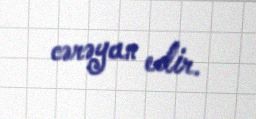
cərəyan edir.